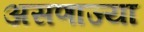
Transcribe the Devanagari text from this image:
असणाज्या